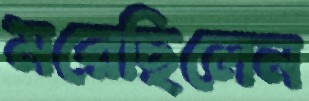
মরেছিলেন